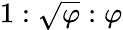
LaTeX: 1:{\sqrt{\varphi}}:\varphi